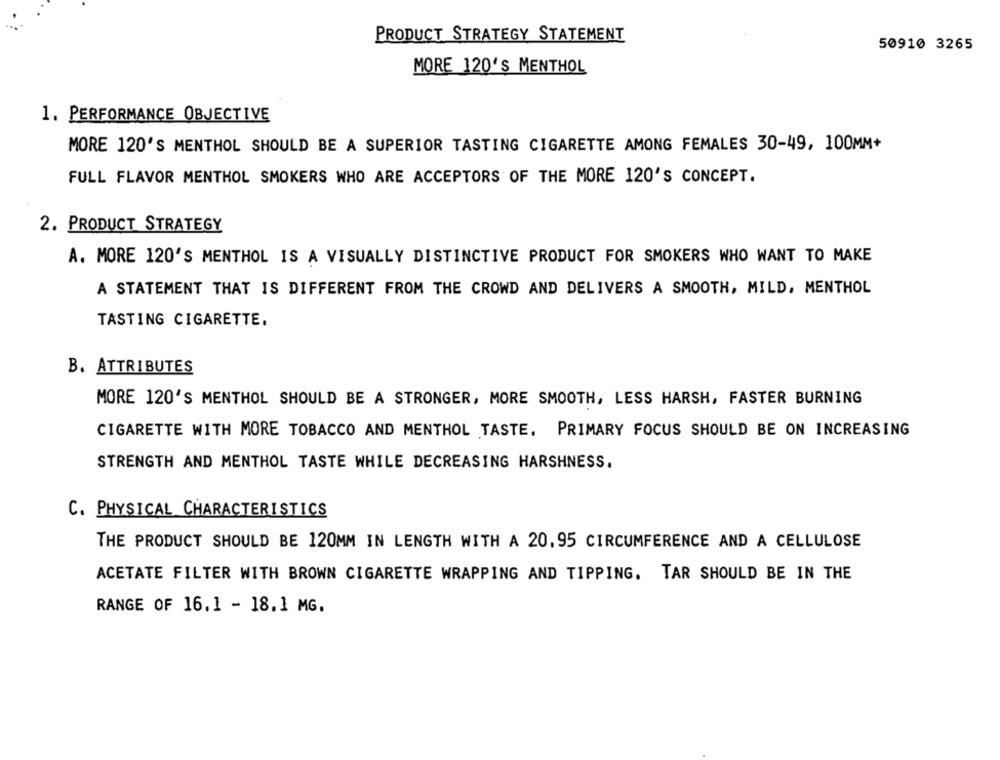
PRODUCT STRATEGY STATEMENT
50910 3265
MORE 120'S MENTHOL
1. PERFORMANCE OBJECTIVE
MORE 120'S MENTHOL SHOULD BE A SUPERIOR TASTING CIGARETTE AMONG FEMALES 30-49, 100MM+
FULL FLAVOR MENTHOL SMOKERS WHO ARE ACCEPTORS OF THE MORE 120'S CONCEPT.
2. PRODUCT STRATEGY
A. MORE 120'S MENTHOL IS A VISUALLY DISTINCTIVE PRODUCT FOR SMOKERS WHO WANT TO MAKE
A STATEMENT THAT IS DIFFERENT FROM THE CROWD AND DELIVERS A SMOOTH, MILD, MENTHOL
TASTING CIGARETTE.
B. ATTRIBUTES
MORE 120'S MENTHOL SHOULD BE A STRONGER, MORE SMOOTH, LESS HARSH, FASTER BURNING
CIGARETTE WITH MORE TOBACCO AND MENTHOL TASTE. PRIMARY FOCUS SHOULD BE ON INCREASING
STRENGTH AND MENTHOL TASTE WHILE DECREASING HARSHNESS.
C. PHYSICAL CHARACTERISTICS
THE PRODUCT SHOULD BE 120MM IN LENGTH WITH A 20.95 CIRCUMFERENCE AND A CELLULOSE
ACETATE FILTER WITH BROWN CIGARETTE WRAPPING AND TIPPING. TAR SHOULD BE IN THE
RANGE OF 16.1 - 18.1 MG.